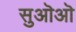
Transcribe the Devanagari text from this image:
सुऒऒ